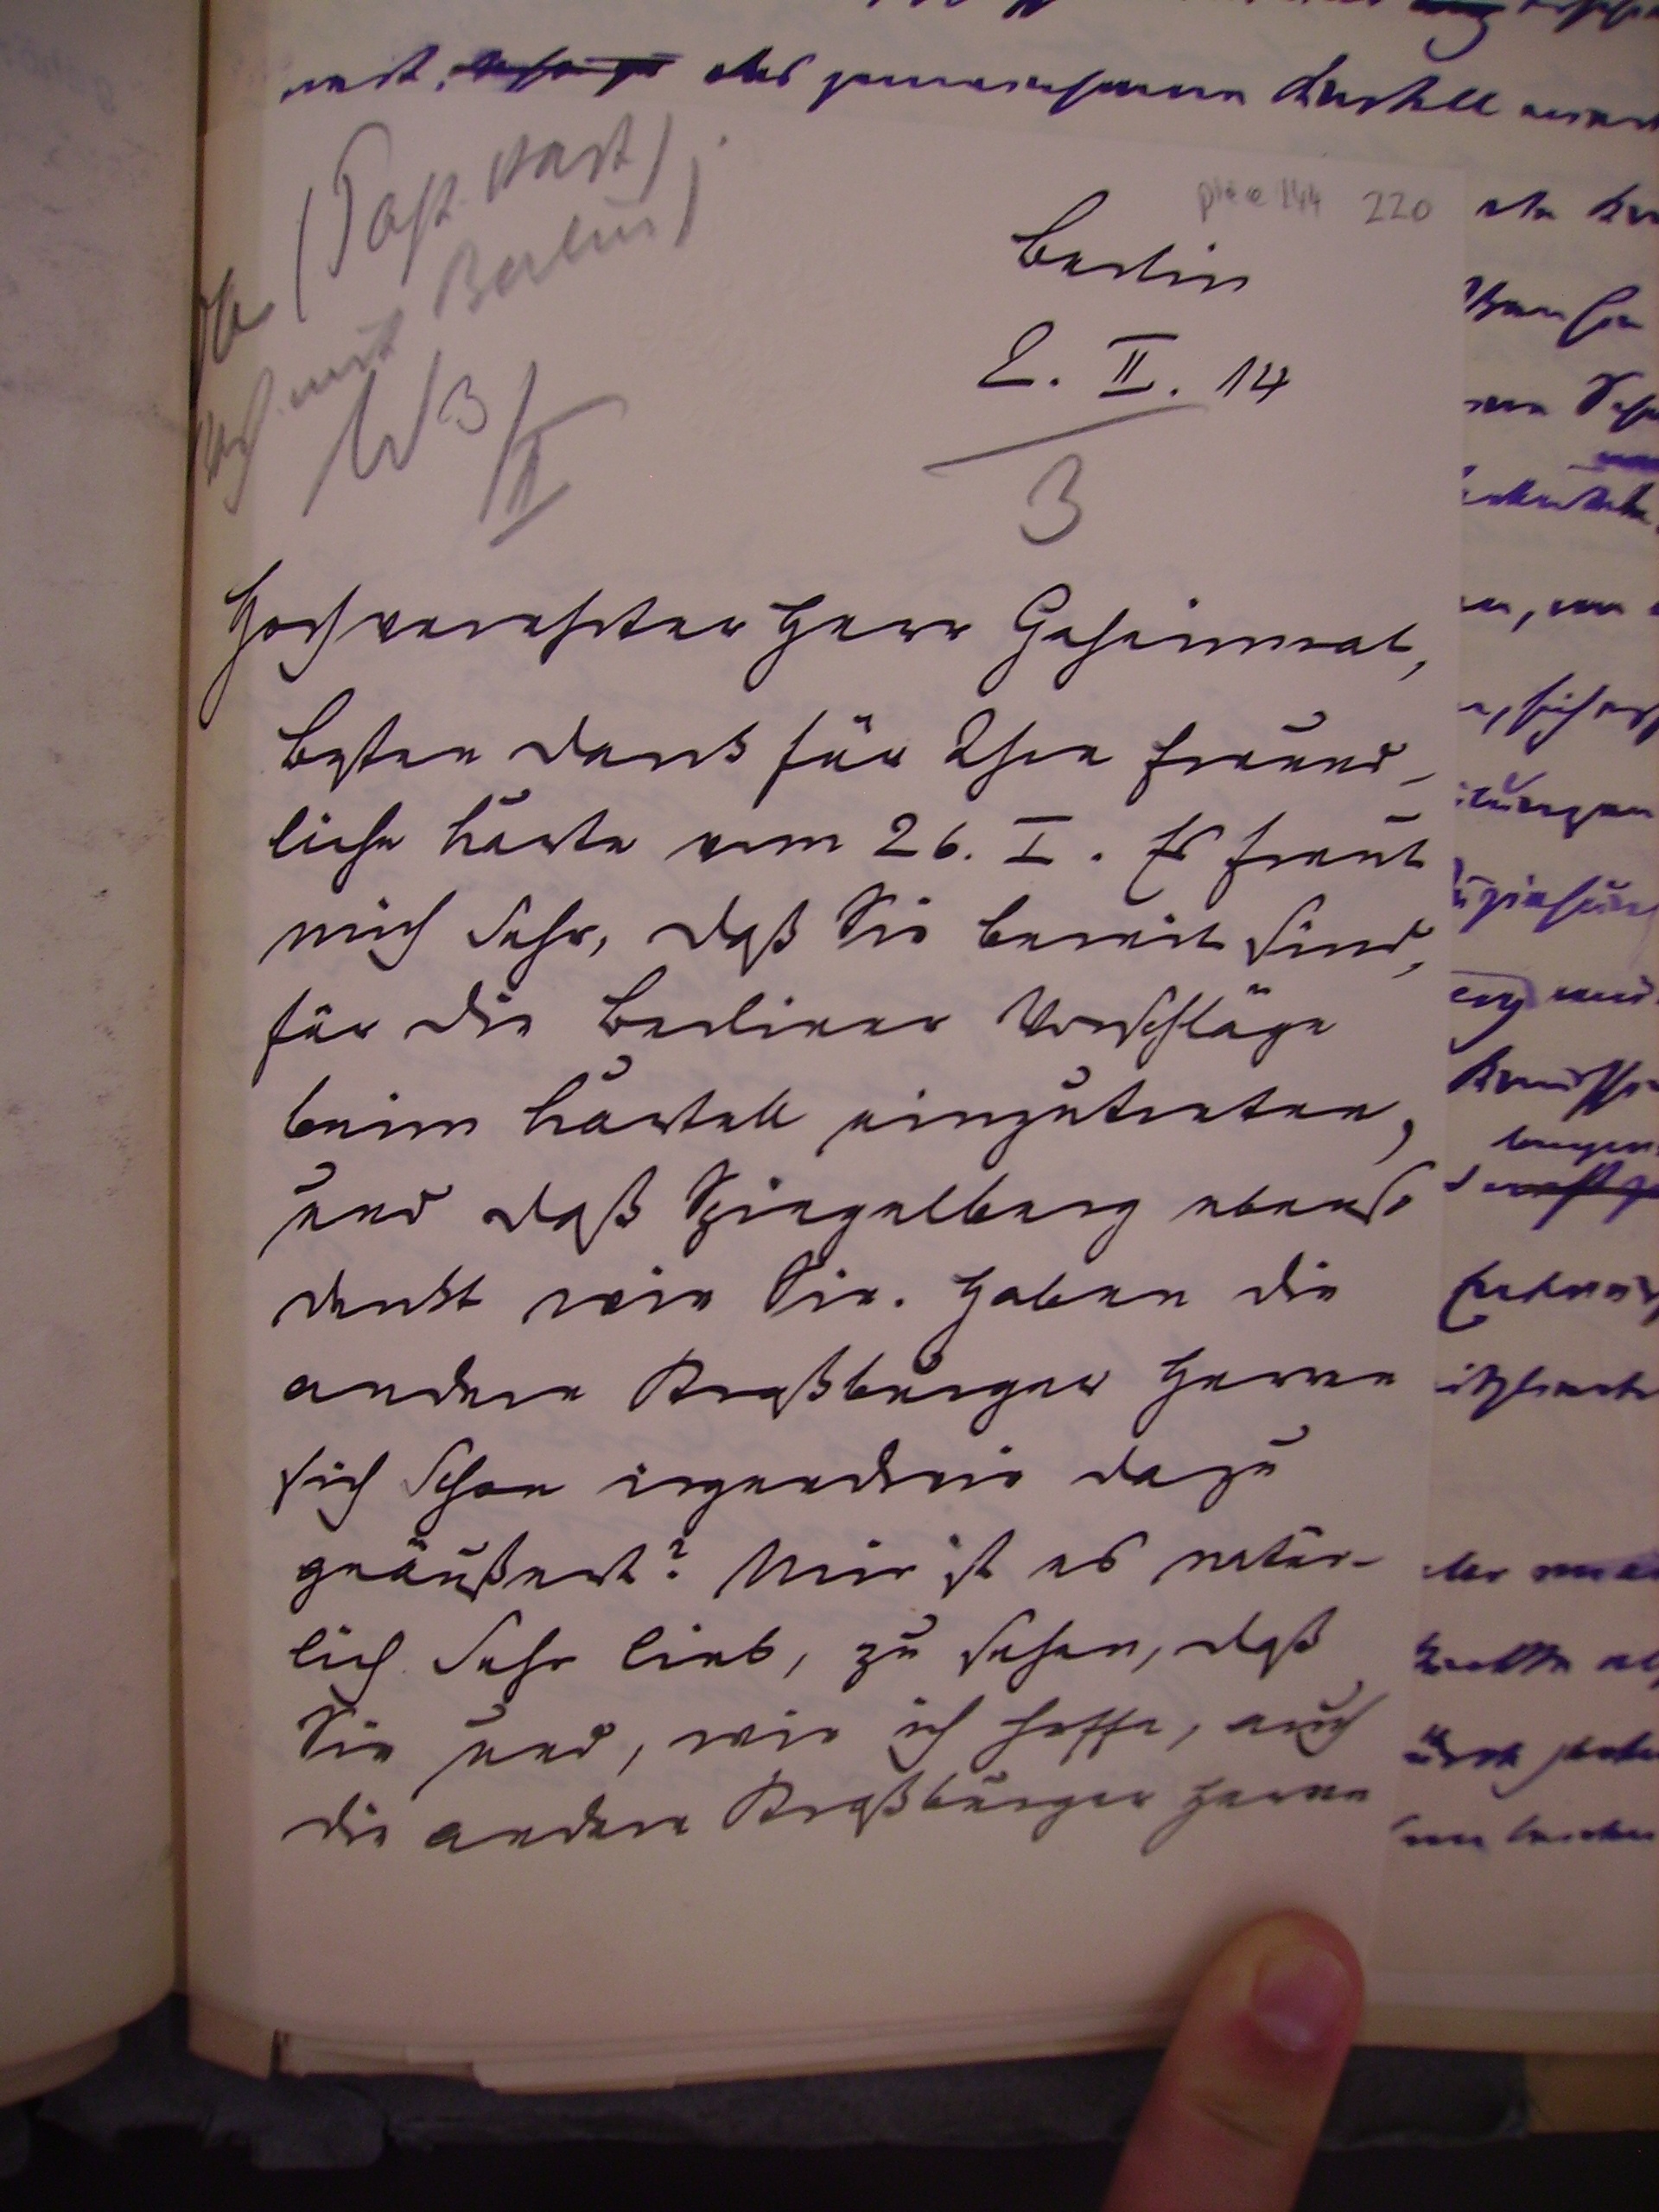
Berlin
2.II.14

Hochgeehrter Herr Geheimrat,
besten dank für Ihre freund¬
liche Karte vom 26.I. Es freut
mich sehr, daß sie bereit sind,
für die Berliner Vorschläge
beim Kartell einzutreten,
und daß Spiegelberg ebenso
denkt wie sie. Haben die
andern Straßburger Herren
sich schon irgendwie dazu
geäußert? Mir ist es natür¬
lich sehr lieb, zu sehen, daß
sie und, wie ich hoffe, auch
die andern Straßburger Herren